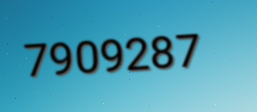
7909287